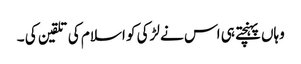
وہاں پہنچتے ہی اس نے لڑکی کو اسلام کی تلقین کی ۔